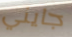
جايني